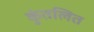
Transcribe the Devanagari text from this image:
कुंतलित